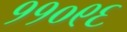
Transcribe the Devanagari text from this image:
११०९६